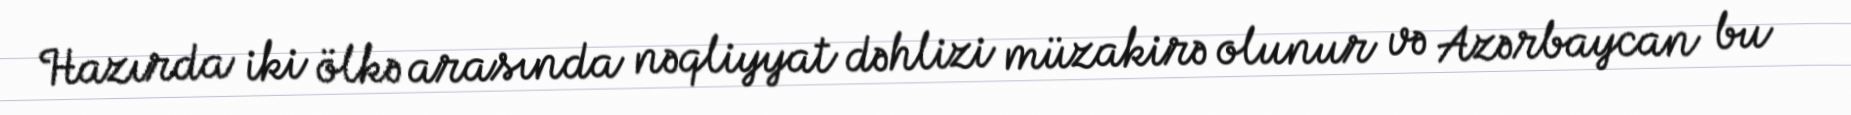
Hazırda iki ölkə arasında nəqliyyat dəhlizi müzakirə olunur və Azərbaycan bu